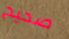
صحيح